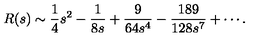
R ( s ) \sim { \frac { 1 } { 4 } } s ^ { 2 } - { \frac { 1 } { 8 s } } + { \frac { 9 } { 6 4 s ^ { 4 } } } - { \frac { 1 8 9 } { 1 2 8 s ^ { 7 } } } + \cdots .